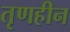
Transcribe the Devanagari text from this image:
तृणहीन